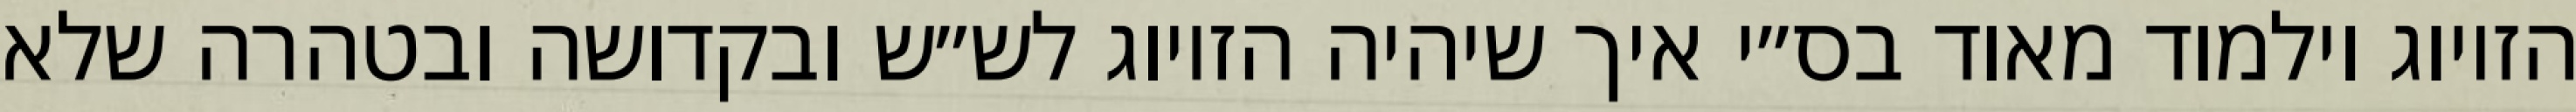
הזיווג וילמוד מאוד בס״י איך שיהיה הזיווג לש״ש ובקדושה ובטהרה שלא